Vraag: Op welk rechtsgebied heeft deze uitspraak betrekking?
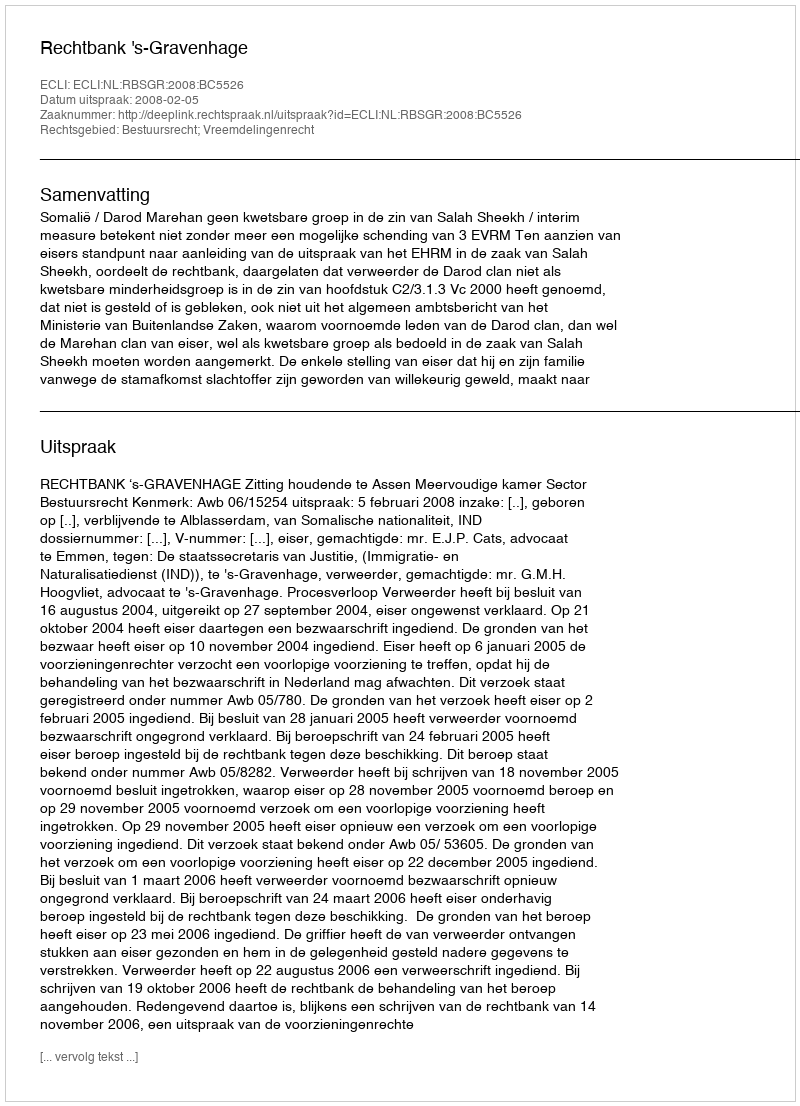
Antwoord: Bestuursrecht; Vreemdelingenrecht